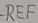
Text: REF